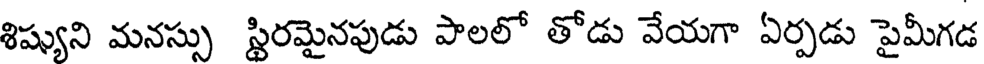
శిష్యుని మనస్సు స్థిరమైనపుడు పాలలో తోడు వేయగా ఏర్పడు పైమీగడ